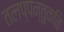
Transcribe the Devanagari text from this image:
तलप्पन्तुकळि